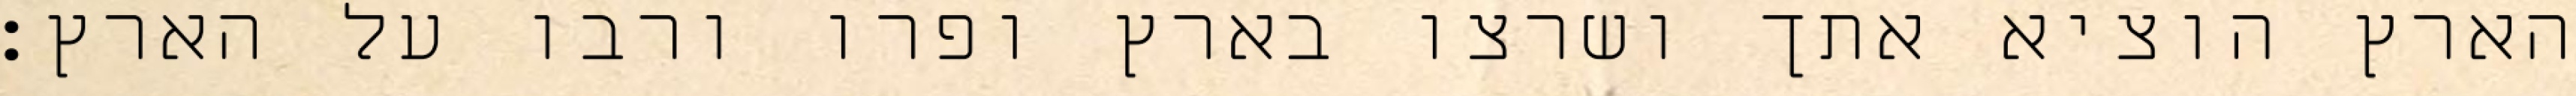
הארץ הוציא אתך ושרצו בארץ ופרו ורבו על הארץ׃